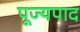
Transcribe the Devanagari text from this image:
पूज्‍यपाद